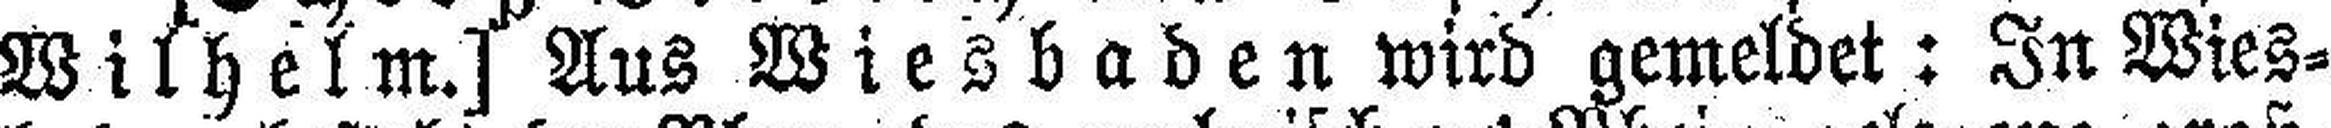
Wilhelm.] Aus Wiesbaden wird gemeldet: In Wies¬